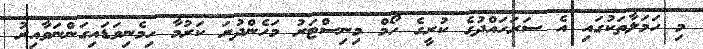
މި ހަމަލާތަކުގައި އެ ސަރަހައްދުގެ ކުރީގެ ހޯމް މިނިސްޓަރު މަހެންދުރަ ކަރުމާ ހިމެނިވަޑައިގަންނަވާއިރު